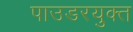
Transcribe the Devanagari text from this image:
पाउडरयुक्त